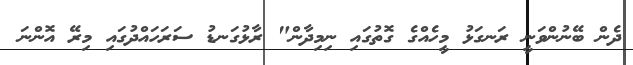
ދެން ބޭނުންވަނީ ރަނގަޅު މީހެއްގެ ގޮތުގައި ނިމިދާން" ރާޅުގަނޑު ސަރަހައްދުގައި މިރޭ އޮންނަ